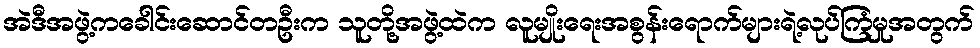
အဲဒီအဖွဲ့ကခေါင်းဆောင်တဦးက သူတို့အဖွဲ့ထဲက လူမျိုးရေးအစွန်းရောက်များရဲ့လုပ်ကြံမှုအတွက်